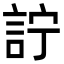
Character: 詝